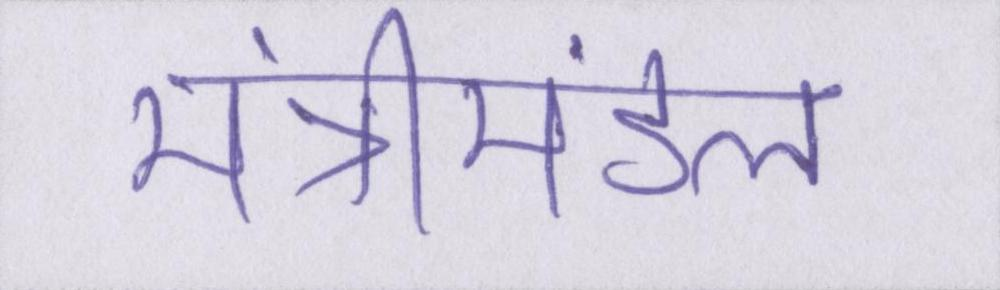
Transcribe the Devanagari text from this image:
मंत्रीमंडल